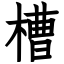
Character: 槽